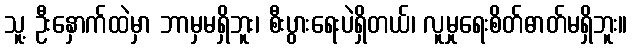
သူ့ ဦးနှောက်ထဲမှာ ဘာမှမရှိဘူး၊ စီးပွားရေးပဲရှိတယ်၊ လူမှုရေးစိတ်ဓာတ်မရှိဘူး။